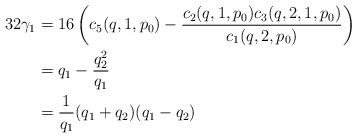
LaTeX: \begin{align*}32\gamma_1 &= 16\left(c_5(q,1,p_0)-\frac{c_2(q,1,p_0)c_3(q,2,1,p_0)}{c_1(q,2,p_0)}\right)\\&=q_1 - \frac{q_2^2}{q_1}\\&= \frac{1}{q_1}(q_1+q_2)(q_1-q_2)\end{align*}